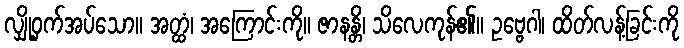
လျှို့ဝှက်အပ်သော။ အတ္ထံ၊ အကြောင်းကို။ ဇာနန္တိ၊ သိလေကုန်၏။ ဥဗ္ဗေဂါ၊ ထိတ်လန့်ခြင်းကို